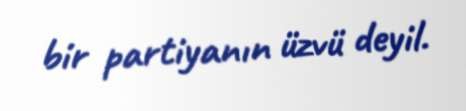
bir partiyanın üzvü deyil.